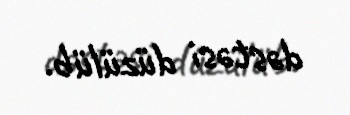
dəstəsi düzülüb.